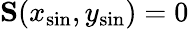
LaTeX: \mathbf{S}(x_{\mathrm{sin}},y_{\mathrm{sin}})=0